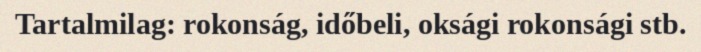
Tartalmilag: rokonság, időbeli, oksági rokonsági stb.